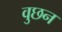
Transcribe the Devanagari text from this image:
वुछन